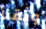
وثقنا